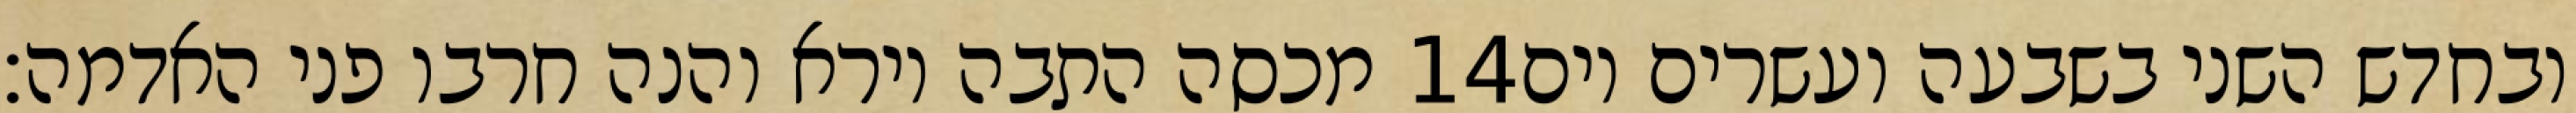
מכסה התבה וירא והנה חרבו פני האדמה׃ ‎14‏ ובחדש השני בשבעה ועשרים יום